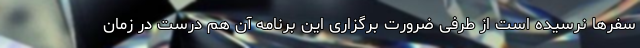
سفرها نرسیده است از طرفی ضرورت برگزاری این برنامه آن هم درست در زمان